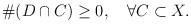
LaTeX: \begin{align*}\#(D\cap C)\geq0, \quad\forall C\subset X. \end{align*}